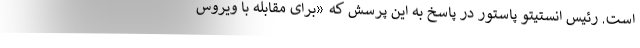
است. رئیس انستیتو پاستور در پاسخ به این پرسش که «برای مقابله با ویروس